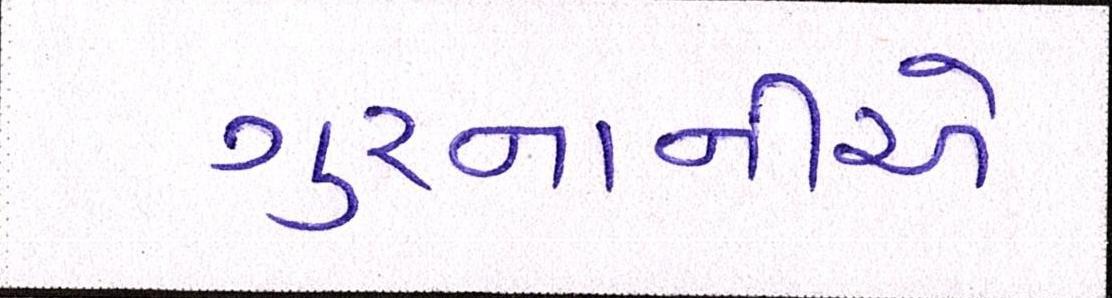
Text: ગુરનાનીએ